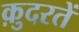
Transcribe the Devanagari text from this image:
क़ुदरतें